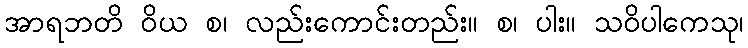
အာရဘတိ ဝိယ စ၊ လည်းကောင်းတည်း။ စ၊ ပါး။ သဝိပါကေသု၊